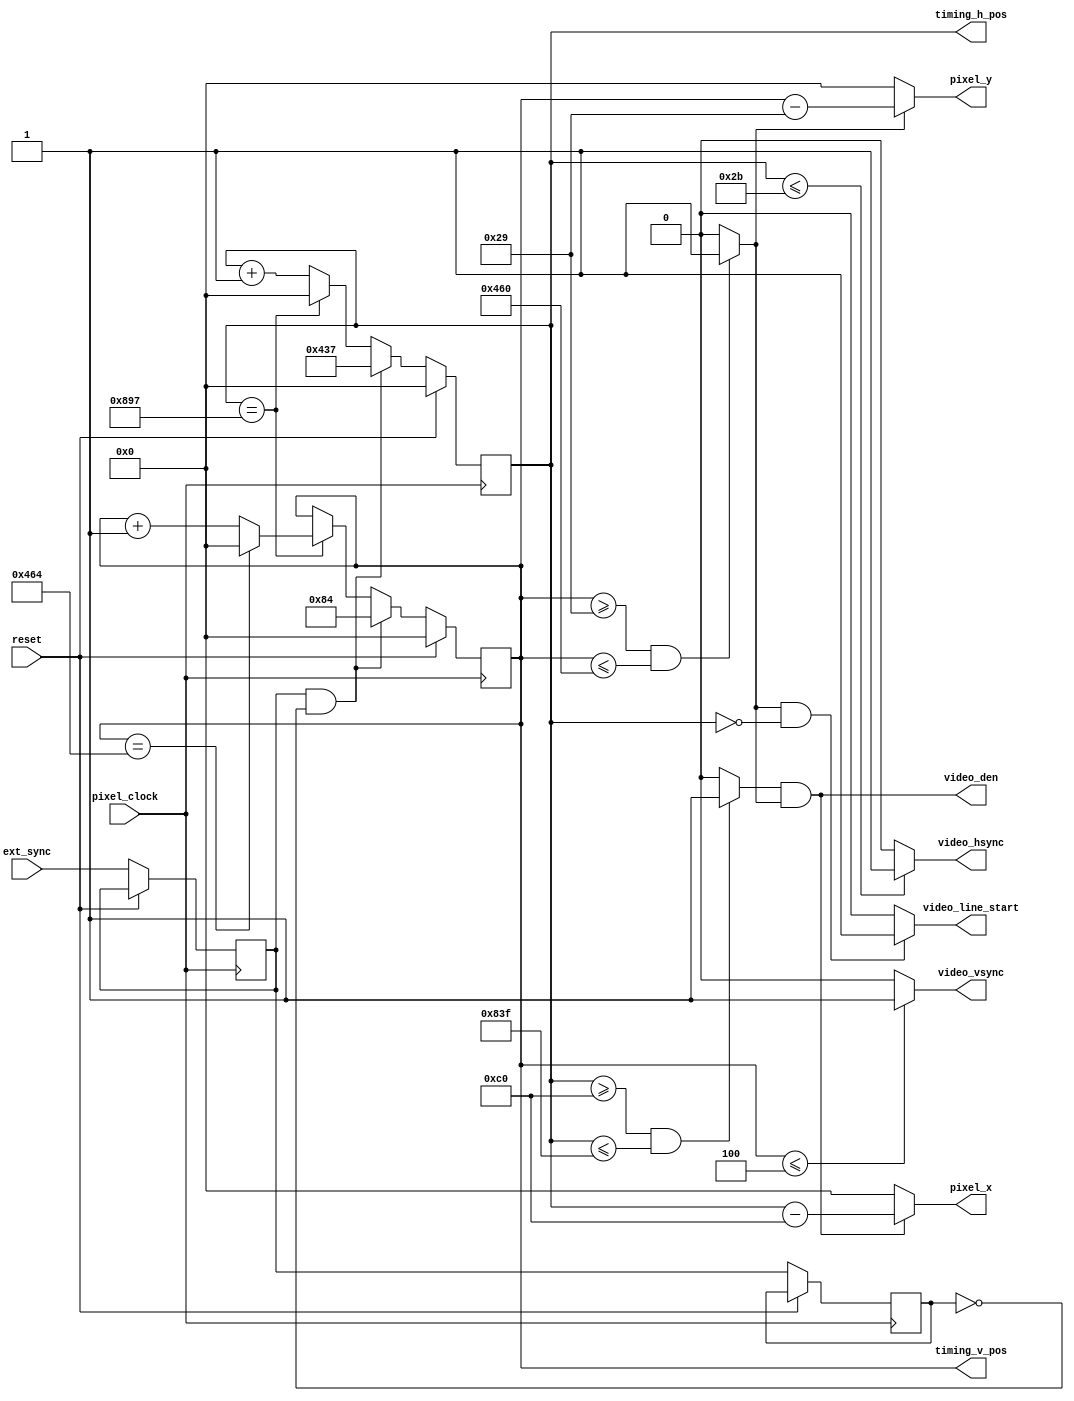


module video_timing_ctrl #(
	
	parameter video_hlength		= 2200,
	parameter video_vlength		= 1125,
	parameter video_hsync_pol	= 1,
	parameter video_hsync_len	= 44,
	parameter video_hbp_len		= 148,
	
	parameter video_h_visible	= 1920,
	parameter video_vsync_pol	= 1,
	parameter video_vsync_len	= 5,
	parameter video_vbp_len		= 36,
	parameter video_v_visible	= 1080,
	
	parameter sync_v_pos		= 132,
	parameter sync_h_pos		= 1079
)
(
	input				pixel_clock,
	input				reset,
	input				ext_sync,
	
	output	[13 : 0]	timing_h_pos,
	output	[13 : 0]	timing_v_pos,
	output	[13 : 0]	pixel_x,
	output	[13 : 0]	pixel_y,
	
	output				video_vsync,
	output				video_hsync,
	output				video_den,
	output				video_line_start
);
	
	localparam t_hsync_end = video_hsync_len - 1;
	localparam t_hvis_begin = video_hsync_len + video_hbp_len;
	localparam t_hvis_end = t_hvis_begin + video_h_visible - 1;
	
	localparam t_vsync_end = video_vsync_len - 1;
	localparam t_vvis_begin = video_vsync_len + video_vbp_len;
	localparam t_vvis_end = t_vvis_begin + video_v_visible - 1;
	
	reg		[13 : 0]	h_pos;
	reg		[13 : 0]	v_pos;
	
	wire	[13 : 0]	x_int;
	wire	[13 : 0]	y_int;
	
	wire				v_visible;
	wire				h_visible;
	
	wire				hsync_pos;
	wire				vsync_pos;
	
	reg					ext_sync_last;
	reg					ext_sync_curr;
	
	always@(posedge pixel_clock)begin
		
		if(reset)begin
			
			h_pos <= 0;
			v_pos <= 0;
			
		end else begin
			
			if(ext_sync_curr & !ext_sync_last)begin
				
				h_pos <= sync_h_pos;
				v_pos <= sync_v_pos;
				
			end else begin
				
				if(h_pos == (video_hlength-1))begin
					
					h_pos <= 0;
					
					if(v_pos == (video_vlength-1))begin
						v_pos <= 0;
					end else begin
						v_pos <= v_pos + 1'b1;
					end
					
				end else begin
					h_pos <= h_pos + 1'b1;
				end
			end
			
			ext_sync_curr <= ext_sync;
			ext_sync_last <= ext_sync_curr;
		end
	end
	
	assign v_visible = ((v_pos >= t_vvis_begin) & (v_pos <= t_vvis_end)) ? 1'b1 : 1'b0;
	assign h_visible = ((h_pos >= t_hvis_begin) & (h_pos <= t_hvis_end)) ? 1'b1 : 1'b0;
	
	assign x_int = (h_visible & v_visible) ? (h_pos - t_hvis_begin) : 0;
	assign y_int = (v_visible) ? (v_pos - t_vvis_begin) : 0;
	
	assign video_den = (h_visible & v_visible);
	assign video_line_start = (v_visible & (h_pos == 0)) ? 1'b1 : 1'b0;
	
	assign vsync_pos = (v_pos <= t_vsync_end) ? 1'b1 : 1'b0;
	assign hsync_pos = (h_pos <= t_hsync_end) ? 1'b1 : 1'b0;
	
	assign video_vsync = (video_vsync_pol) ? vsync_pos : ~vsync_pos;
	assign video_hsync = (video_hsync_pol) ? hsync_pos : ~hsync_pos;
	
	assign timing_h_pos = h_pos;
	assign timing_v_pos = v_pos;
	assign pixel_x = x_int;
	assign pixel_y = y_int;
	
endmodule